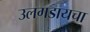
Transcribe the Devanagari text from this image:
उलगडायचा